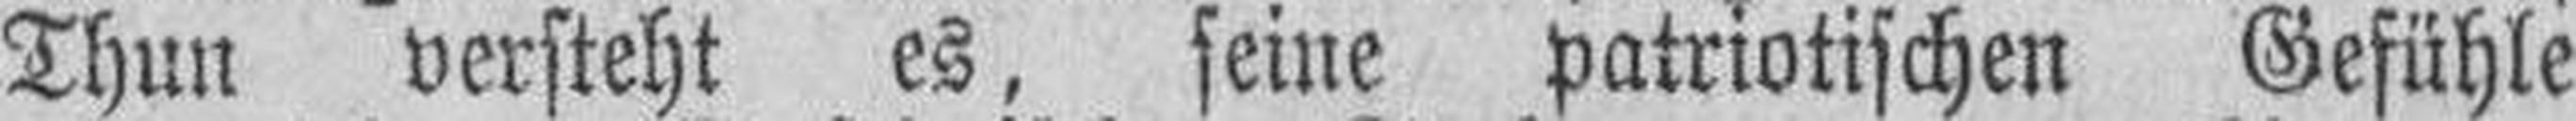
Thun versteht es, seine patriotischen Gefühle